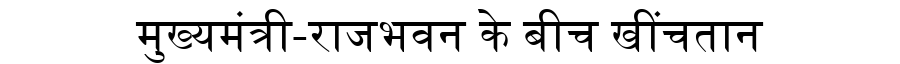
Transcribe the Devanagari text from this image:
मुख्यमंत्री-राजभवन के बीच खींचतान